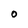
Character: 0